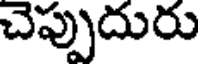
చెప్పుదురు